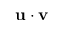
\mathbf { u } \cdot \mathbf { v }